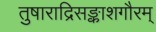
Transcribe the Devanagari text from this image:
तुषाराद्रिसङ्काशगौरम्